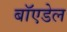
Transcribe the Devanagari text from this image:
बॉएडेल